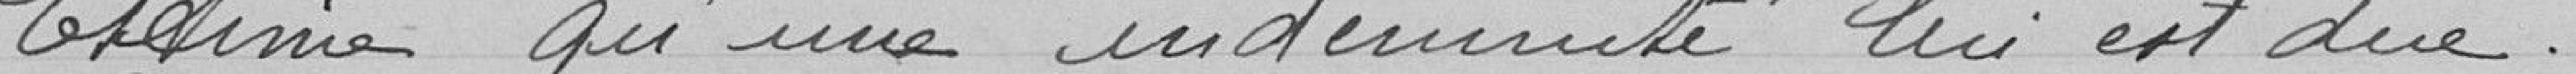
Estime qu'une indemnité lui est due.